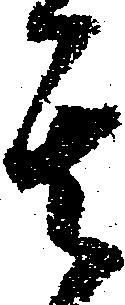
其